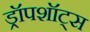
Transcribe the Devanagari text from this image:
ड्रॉपशॉट्स